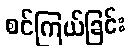
စင်ကြယ်ခြင်း